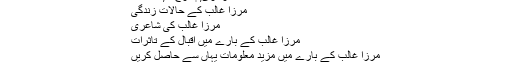
یا "رباعی کے دو اوزان" والا مضمون
محمد اسامہ سَرسَری, ‏مارچ 1, 2013
مرزا غالب کے حالاتِ زندگی
مرزا غالب کی شاعری
مرزا غالب کے بارے میں اقبال کے تاثرات
مرزا غالب کے بارے میں مزید معلومات یہاں سے حاصل کریں
محمد اسامہ سَرسَری, ‏مارچ 3, 2013
اچھا دھاگہ ہے پیارے بھائی ۔